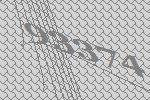
93374